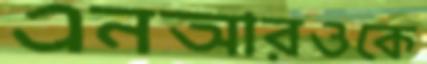
এনআরওকে